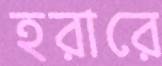
হরারে